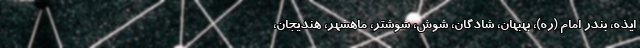
ایذه، بندر امام (ره)، بهبهان، شادگان، شوش، شوشتر، ماهشهر، هندیجان،